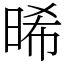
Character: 晞